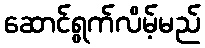
ဆောင်ရွက်လိမ့်မည်